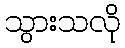
သွားသလို